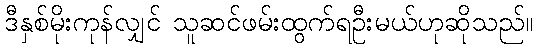
ဒီနှစ်မိုးကုန်လျှင် သူဆင်ဖမ်းထွက်ရဦးမယ်ဟုဆိုသည်။